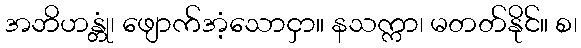
အဘိဟန္တုံ၊ ဖျောက်အံ့သောငှာ။ နသက္ကာ၊ မတတ်နိုင်။ စ၊